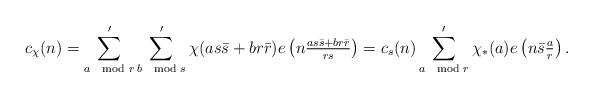
LaTeX: \begin{align*}c_\chi(n) = \sum_{a\mod{r}}' \sum_{b\mod{s}}' \chi(as\bar{s} + br\bar{r}) e\left(n\tfrac{as \bar{s}+br\bar{r}}{rs}\right)=c_s(n) \sum_{a\mod{r}}' \chi_*(a) e\left(n \bar{s} \tfrac{a}{r}\right).\end{align*}